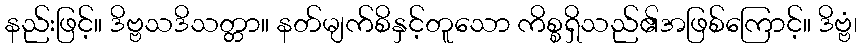
နည်းဖြင့်။ ဒိဗ္ဗသဒိသတ္တာ။ နတ်မျက်စိနှင့်တူသော ကိစ္စရှိသည်၏အဖြစ်ကြောင့်။ ဒိဗ္ဗံ၊